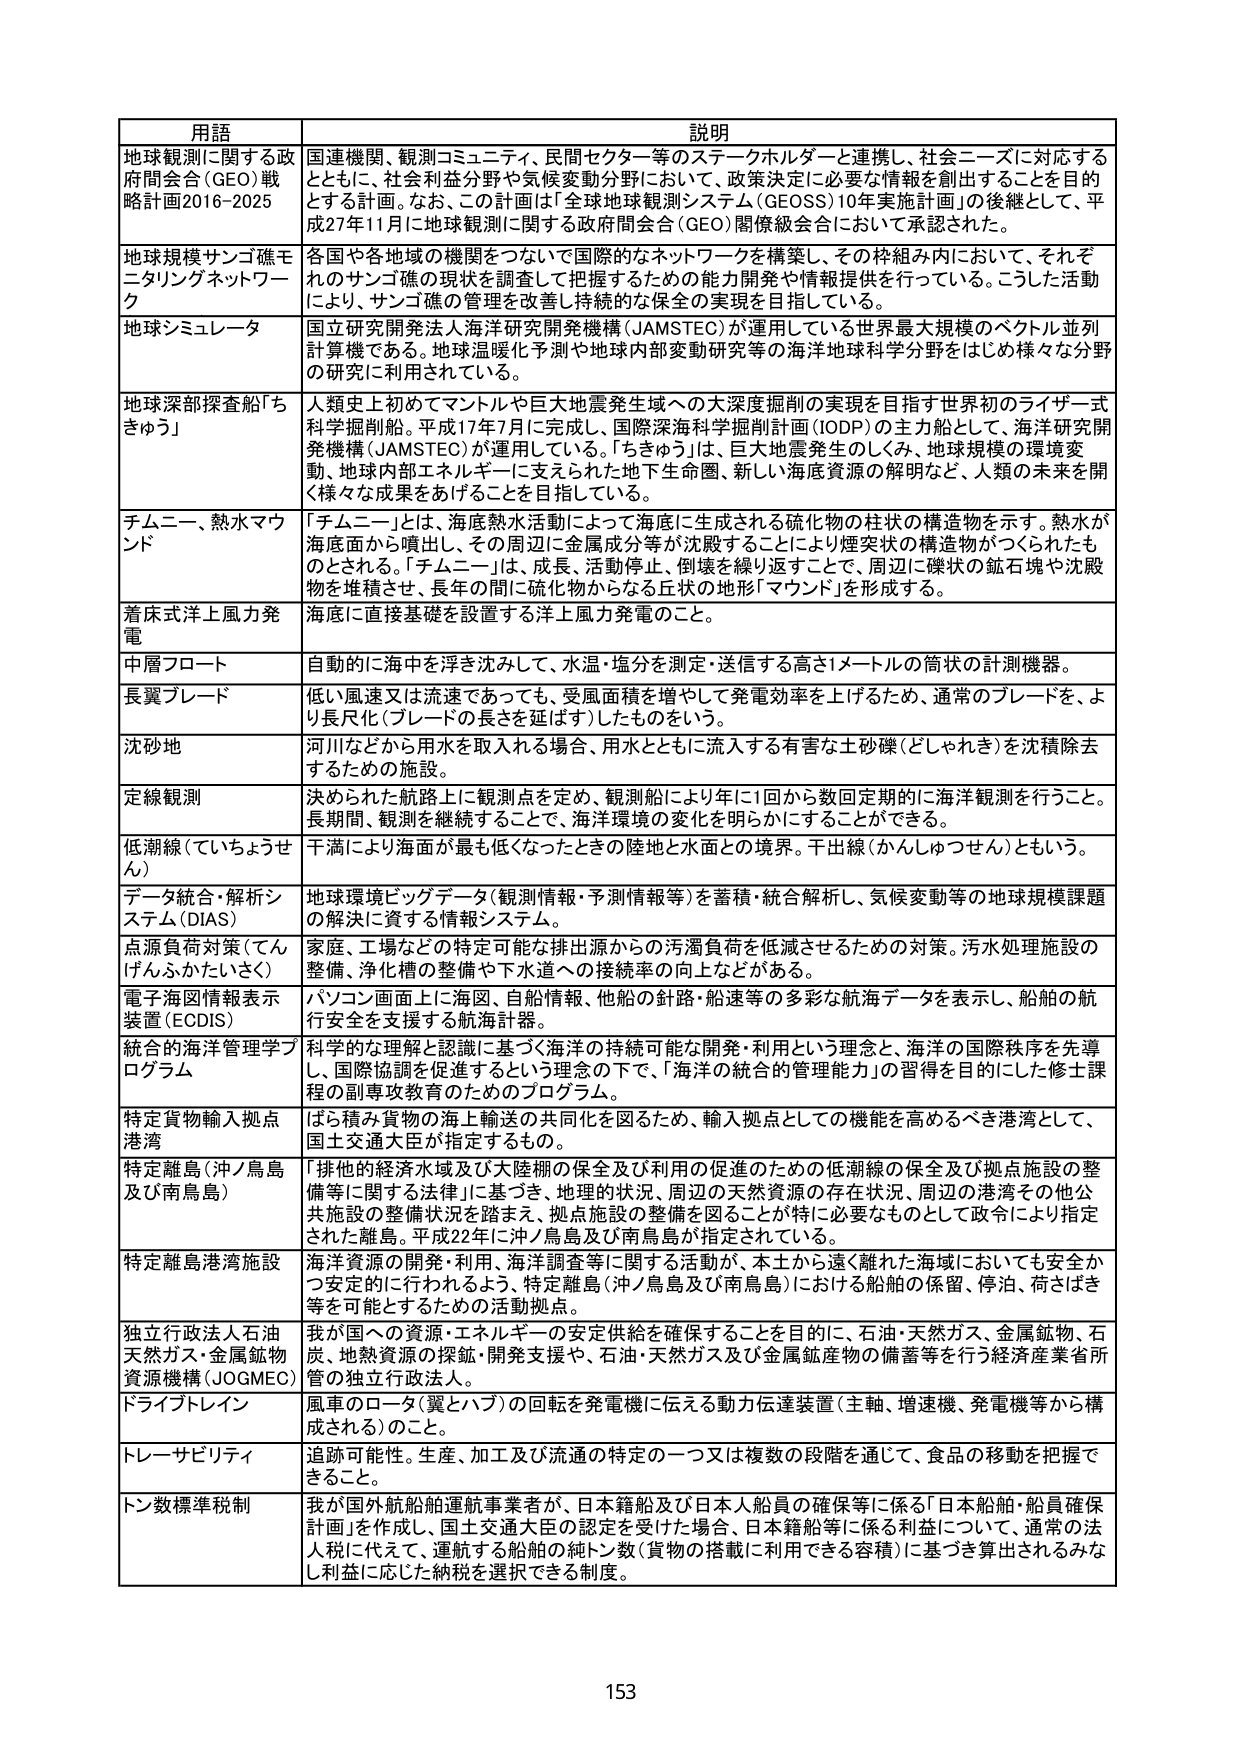
用語 説明
地球観測に関する政府間会合（GEO）戦略計画2016-2025 国連機関、観測コミュニティ、民間セクター等のステークホルダーと連携し、社会ニーズに対応するとともに、社会利益分野や気候変動分野において、政策決定に必要な情報を創出することを目的とする計画。なお、この計画は「全球地球観測システム（GEOSS）10年実施計画」の後継として、平成27年11月に地球観測に関する政府間会合（GEO）閣僚級会合において承認された。
地球規模サンゴ礁モニタリングネットワーク 各国や各地域の機関をつなげて国際的なネットワークを構築し、その枠組み内において、それぞれのサンゴ礁の現状を調査して把握するための能力開発や情報提供を行っている。こうした活動により、サンゴ礁の管理を改善し持続的な保全の実現を目指している。
地球シミュレータ 国立研究開発法人海洋研究開発機構（JAMSTEC）が運用している世界最大規模のベクトル並列計算機である。地球温暖化予測や地球内部変動研究等の海洋地球科学分野をはじめ様々な分野の研究に利用されている。
地球深部探査船「ちきゅう」 人類史上初めてマントルや巨大地震発生域への大深度掘削の実現を目指す世界初のライザー式科学掘削船。平成17年7月に完成し、国際深海科学掘削計画（IODP）の主力船として、海洋研究開発機構（JAMSTEC）が運用している。「ちきゅう」は、巨大地震発生のしくみ、地球規模の環境変動、地球内部エネルギーに支えられた地下生命圏、新しい海底資源の解明など、人類の未来を開く様々な成果をあげることを目指している。
チムニー、熱水マウンド 「チムニー」とは、海底熱水活動によって海底に生成される硫化物の柱状の構造物を示す。熱水が海底面から噴出し、その周辺に金属成分等が沈殿することにより煙突状の構造物がつくられたものとされる。「チムニー」は、成長、活動停止、倒壊を繰り返すことで、周辺に礫状の鉱石塊や沈殿物を堆積させ、長年の間に硫化物からなる丘状の地形「マウンド」を形成する。
着床式洋上風力発電 海底に直接基礎を設置する洋上風力発電のこと。
中層フロート 自動的に海中を浮き沈みして、水温・塩分を測定・送信する高さ1メートルの筒状の計測機器。
長翼ブレード 低い風速又は流速であっても、受風面積を増やして発電効率を上げるため、通常のブレードを、より長尺化（ブレードの長さを延ばす）したものを行う。
沈砂地 河川などから用水を取入れる場合、用水とともに流入する有害な土砂礫（どしゃけき）を沈積除去するための施設。
定線観測 決められた航路上に観測点を定め、観測船により年に1回から数回定期的に海洋観測を行うこと。長期間、観測を継続することで、海洋環境の変化を明らかにすることができる。
低潮線（ていちょうせん） 干満により海面が最も低くなったときの陸地と水面との境界。干出線（かんしゅつせん）ともいう。
データ統合・解析システム（DIAS） 地球環境ビッグデータ（観測情報・予測情報等）を蓄積・統合解析し、気候変動等の地球規模課題の解決に資する情報システム。
点源負荷対策（てんげんふかたいさく） 家庭、工場などの特定可能な排出源からの汚濁負荷を低減させるための対策。汚水処理施設の整備、浄化槽の整備や下水道への接続率の向上などがある。
電子海図情報表示装置（ECDIS） パソコン画面上に海図、自船情報、他船の針路・船速等の多彩な航海データを表示し、船舶の航行安全を支援する航海計器。
統合的海洋管理学プログラム 科学的な理解と認識に基づく海洋の持続可能な開発・利用という理念と、海洋の国際秩序を先導し、国際協調を促進するという理念の下で、「海洋の統合的管理能力」の習得を目的にした修士課程の副専攻教育のためのプログラム。
特定貨物輸入拠点港湾 ばら積み貨物の海上輸送の共同化を図るため、輸入拠点としての機能を高めるべき港湾として、国土交通大臣が指定するもの。
特定離島（沖ノ鳥島及び南鳥島） 「排他的経済水域及び大陸棚の保全及び利用の促進のための低潮線の保全及び拠点施設の整備等に関する法律」に基づき、地理的状況、周辺の天然資源の存在状況、周辺の港湾その他公共施設の整備状況を踏まえ、拠点施設の整備を図ることが特に必要なものとして政令により指定された離島。平成22年に沖ノ鳥島及び南鳥島が指定されている。
特定離島港湾施設 海洋資源の開発・利用、海洋調査等に関する活動が、本土から遠く離れた海域においても安全かつ安定的に行われるよう、特定離島（沖ノ鳥島及び南鳥島）における船舶の係留、停泊、荷さばき等を可能とするための活動拠点。
独立行政法人石油天然ガス・金属鉱物資源機構（JOGMEC） 我が国への資源・エネルギーの安定供給を確保することを目的に、石油・天然ガス、金属鉱物、石炭、地熱資源の探鉱・開発支援や、石油・天然ガス及び金属鉱産物の備蓄等を行う経済産業省所管の独立行政法人。
ドライブトレイン 風車のロータ（翼とハブ）の回転を発電機に伝える動力伝達装置（主軸、増速機、発電機等から構成される）のこと。
トレーサビリティ 追跡可能性。生産、加工及び流通の特定の一つ又は複数の段階を通じて、食品の移動を把握できること。
トン数標準税率制 我が国外国船舶運航事業者が、日本籍船及び日本人船員の確保等に係る「日本船舶・船員確保計画」を作成し、国土交通大臣の認定を受けた場合、日本籍船等に係る利益について、通常の法人税に代えて、運航する船舶の総トン数（貨物の搭載に利用できる容積）に基づき算出されるみなし利益に応じた納税を選択できる制度。
153